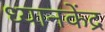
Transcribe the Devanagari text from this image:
ध्यानकेंद्र